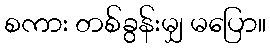
စကား တစ်ခွန်းမျှ မပြော။